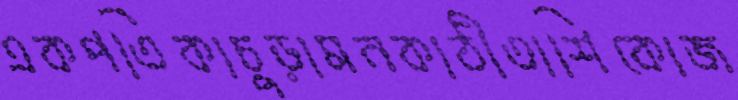
একপতিকাচুড়ামনকাঠীতাশিকোজ